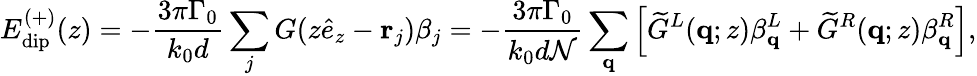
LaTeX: E_{\mathrm{dip}}^{(+)}(z)=-\frac{3\pi\Gamma_{0}}{k_{0}d}\sum_{j}G(z\hat{e}_{z}-\mathbf{r}_{j})\beta_{j}=-\frac{3\pi\Gamma_{0}}{k_{0}d\mathcal{N}}\sum_{\mathbf{q}}\left[\widetilde{G}^{L}(\mathbf q;z)\beta_{\mathbf q}^{L}+\widetilde{G}^{R}(\mathbf q;z)\beta_{\mathbf q}^{R}\right],